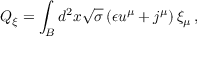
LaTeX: Q _ { \xi } = \int _ { B } d ^ { 2 } x \sqrt { \sigma } \left( \epsilon u ^ { \mu } + j ^ { \mu } \right) \xi _ { \mu } \, ,